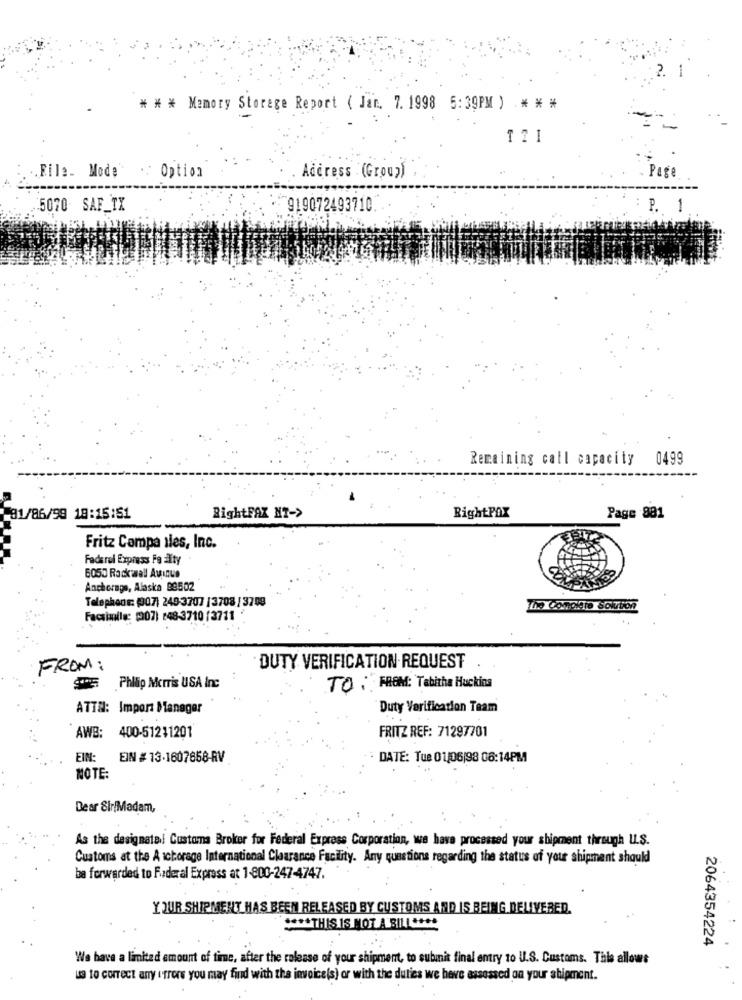
2.
* ** Memory Storage Report ( Jar. 7.1998 5:39PM ) * * *
-
.File_ Mode". Option
Address (Group)
Page
5070 SAF_TX
-7919072493710
P. 1
Remaining call capacity 0499
RightPAX
81/86/99 18:15:51
RightFAX NT->
Page 881
Fritz Campa 1les, Inc.
Faderel Express Fe alty
6050 Rockwall Avenue
Anchorage, Alaska 99502
Telephone: (907) 249-3707 | 3708 / 3708
The Conoble Solution
Facsimile: (007) 248-3710 /3711
FROM:
DUTY VERIFICATION REQUEST
Philip Morris USA Inc
TO : FROM: Tabitha Huckins
ATTN: Import Manager
Duty Verification Team
AWB: 400-51211201
FRITZ REF: 71297701
EIN:
EIN # 13.1607658-RV
: DATE: Tue 01/06/98 08:14PM
NOTE:
Dear Sir/Madam,
As the designatal Customs Broker for Federal Express Corporation, we have processed your shipment through U.S.
Customs at the A ichorage International Clearance Facility. Any questions regarding the status of your shipment should
be forwarded to Federal Express at 1-800-247-4747.
YOUR SHIPMENT HAS BEEN RELEASED BY CUSTOMS AND IS BEING DELIVERED.
**** THIS IS NOT A BILL ****
2064354224
We have a limited amount of time, after the release of your shipment, to subunit final entry to U.S. Customs. This allows
usa to correct any errors you may find with the invoice(s) or with the duties we have assessed on your shipment.